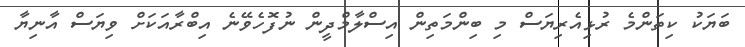
ބަޔަކު ކިތަންމެ ރުޅިއެރިޔަސް މި ބިންމަތިން އިސްލާމްދީން ނުފޮހެވޭނެ އިބްރާއަކަށް ވިޔަސް އާނިޔާ